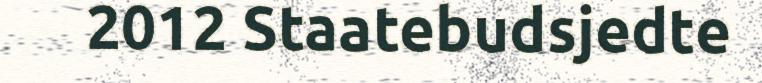
2012 Staatebudsjedte